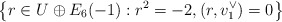
\begin{align*}\left\{r \in U \oplus E_6(-1) : r^2 = -2, (r,v_1^\vee) = 0\right\}\end{align*}